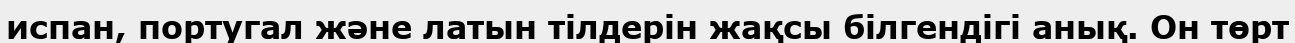
испан, португал және латын тілдерін жақсы білгендігі анық. Он төрт